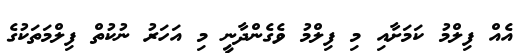
އެއް ފިލްމު ކަމަށާއި މި ފިލްމު ވެގެންދާނީ މި އަހަރު ނުކުތް ފިލްމަތަކުގެ